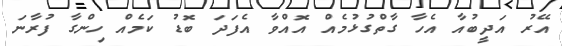
އޭރު އަދީބުއާ އެހާ ގާތްގުޅުމެއް އޮއްވާ އެފަދަ ބޮޑު ކަމެއް ހިންގާ ފުރާނަ